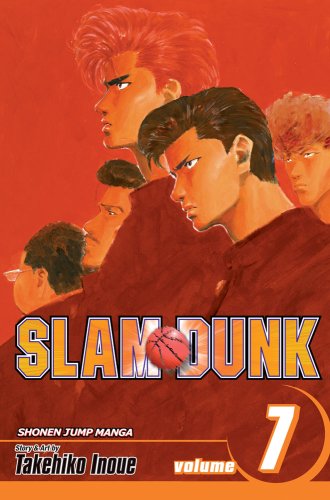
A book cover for Slam Dunk, Vol. 7; Takehiko Inoue; Comics & Graphic Novels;